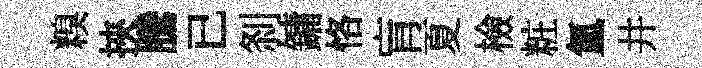
糗挾騰已𠛴鏞恪肓夏檢粧氲井